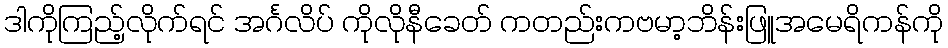
ဒါကိုကြည့်လိုက်ရင် အင်္ဂလိပ် ကိုလိုနီခေတ် ကတည်းကဗမာ့ဘိန်းဖြူအမေရိကန်ကို